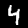
Label: 4